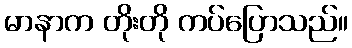
မာနာက တိုးတို ကပ်ပြောသည်။